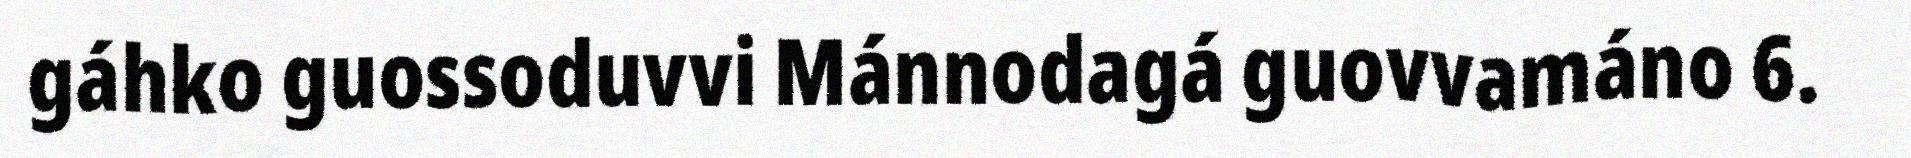
gáhko guossoduvvi Mánnodagá guovvamáno 6.